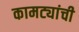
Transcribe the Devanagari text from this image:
कामट्यांची